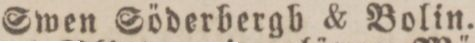
Swen Söderbergb & Bolin.